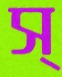
স্